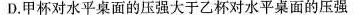
D.甲杯对水平桌面的压强大于乙杯对水平桌面的压强